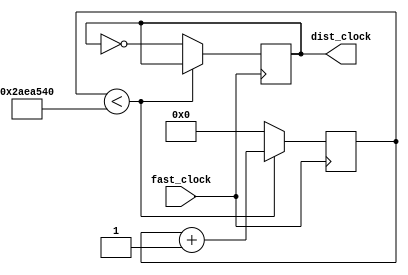
module dist_clock
(
	input fast_clock, 
	output reg dist_clock
);

reg [30:0] S; 

always @( posedge fast_clock ) begin
	if( S < 45000000 ) begin
		S <= S + 1; 
	end
	else begin
		dist_clock <= ~dist_clock; 
		S <= 0; 
	end
	
end

endmodule